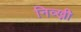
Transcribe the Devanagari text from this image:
निव्ख़ी